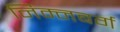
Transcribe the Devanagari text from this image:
निम्नबर्ग